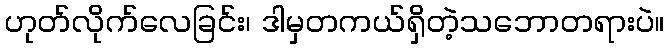
ဟုတ်လိုက်လေခြင်း၊ ဒါမှတကယ်ရှိတဲ့သဘောတရားပဲ။